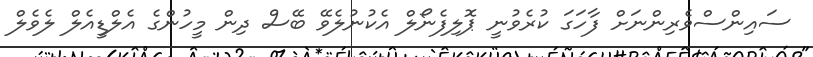
ސައިންސްވެރިންނަށް ފާހަގަ ކުރެވުނީ ޕޮލިފެނޯލް އެކުނުލެވޭ ބޭސް ދިން މީހުންގެ އެލްޑީއެލް ލެވެލް